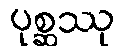
ပုစ္ဆဿု